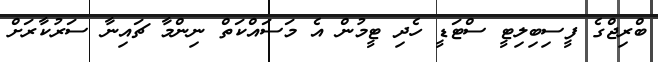
ބްރިޖްގެ ފީސިބިލިޓީ ސްޓަޑީ ހެދި ޓީމުން އެ މަސައްކަތް ނިންމާ ޗައިނާ ސަރުކާރަށް